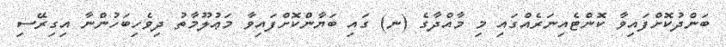
ބަންދުކޮށްފައިވާ ކޮންޓެއިނަރެއްގައި މި މާއްދާގެ (ނ) ގައި ބަޔާންކޮށްފައިވާ މަޢުލޫމާތު ދިވެހިބަހުންނާ އިގިރޭސި